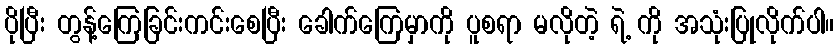
ပိုပြီး တွန့်ကြေခြင်းကင်းစေပြီး ခေါက်ကြေမှာကို ပူစရာ မလိုတဲ့ ရဲ့ ကို အသုံးပြုလိုက်ပါ။